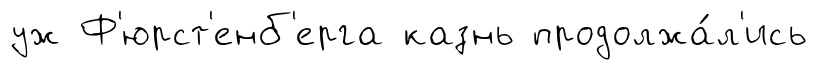
уж Ф'юрст'енб'ерга казнь продолжа́л'ись